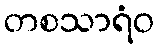
တစသာရံဝ